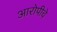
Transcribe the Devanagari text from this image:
आरोपीचे